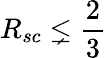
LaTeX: R_{sc}\lneq\frac 23